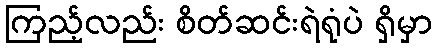
ကြည့်လည်း စိတ်ဆင်းရဲရုံပဲ ရှိမှာ